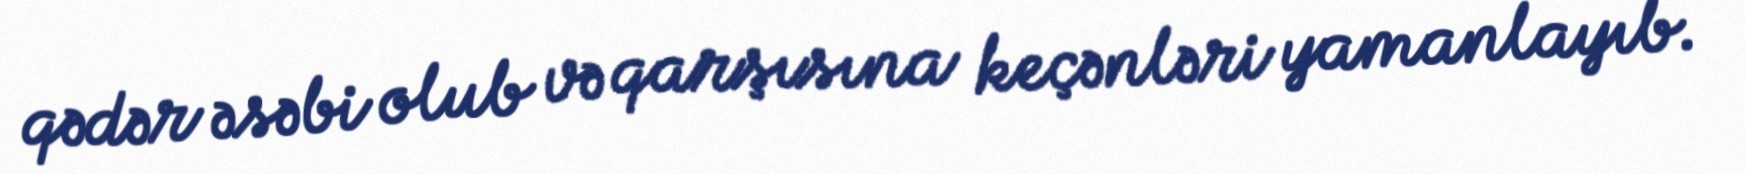
qədər əsəbi olub və qarşısına keçənləri yamanlayıb.